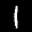
Label: 1